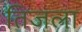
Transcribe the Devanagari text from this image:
तिजला